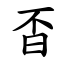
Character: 㫘